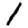
Digit: 1